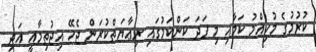
ކުރުމުގެ މުހިއްމު ކަމާއި މި ފަދަ ކަންކަމުގައި ރިޢާޔަތްކުރަން ޖެހޭ އިޖުތިމާއީ އަދި